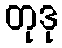
တုဒု